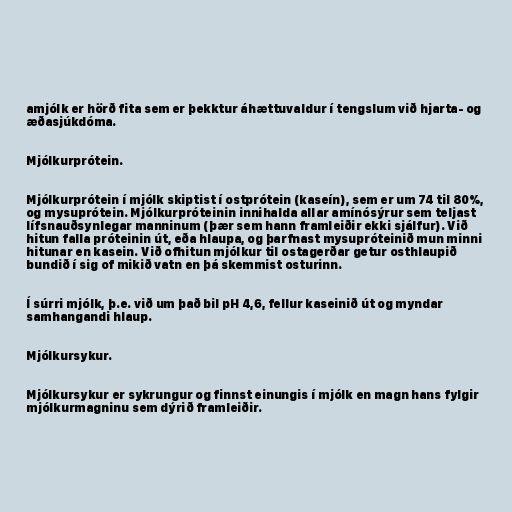
amjólk er hörð fita sem er þekktur áhættuvaldur í tengslum við hjarta- og
æðasjúkdóma.

Mjólkurprótein.

Mjólkurprótein í mjólk skiptist í ostprótein (kaseín), sem er um 74 til 80%,
og mysuprótein. Mjólkurpróteinin innihalda allar amínósýrur sem teljast
lífsnauðsynlegar manninum (þær sem hann framleiðir ekki sjálfur). Við
hitun falla próteinin út, eða hlaupa, og þarfnast mysupróteinið mun minni
hitunar en kasein. Við ofhitun mjólkur til ostagerðar getur osthlaupið
bundið í sig of mikið vatn en þá skemmist osturinn.

Í súrri mjólk, þ.e. við um það bil pH 4,6, fellur kaseinið út og myndar
samhangandi hlaup.

Mjólkursykur.

Mjólkursykur er sykrungur og finnst einungis í mjólk en magn hans fylgir
mjólkurmagninu sem dýrið framleiðir.